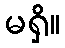
မရှိ။